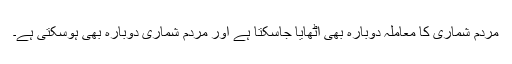
مردم شماری کا معاملہ دوبارہ بھی اُٹھایا جاسکتا ہے اور مردم شماری دوبارہ بھی ہوسکتی ہے۔